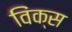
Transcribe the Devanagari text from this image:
विंक्स